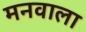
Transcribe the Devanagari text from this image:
मनवाला